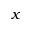
x